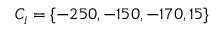
C _ { i } = \{ - 2 5 0 , - 1 5 0 , - 1 7 0 , 1 5 \}